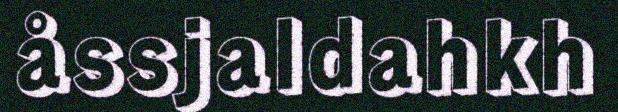
åssjaldahkh